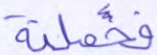
فحملته